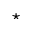
\star